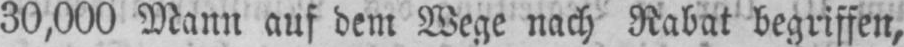
30,000 Mann auf dem Wege nach Rabat begriffen,